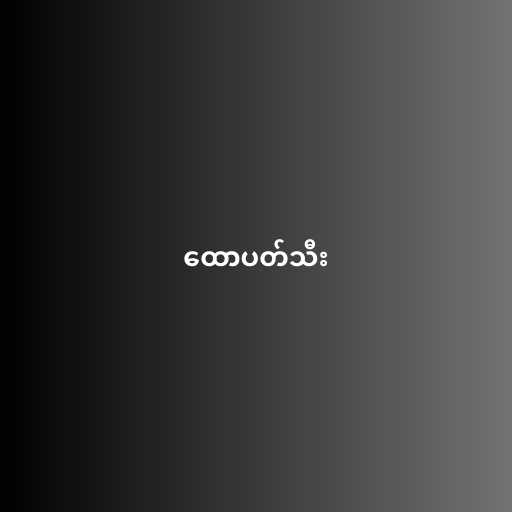
ထောပတ်သီး